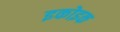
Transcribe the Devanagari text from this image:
इकोइक